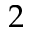
2